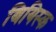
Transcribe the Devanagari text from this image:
बियिस्क